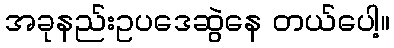
အခုနည်းဥပဒေဆွဲနေ တယ်ပေါ့။